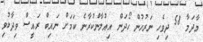
މާދަމާ 58 ދިވެހި ނަރުހުން ހޯދަން އިއުލާންކުރާނެ ކަމަށް ނައިބް ރައީސް ވިދާޅުވި